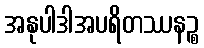
အနုပါဒါအပရိတဿနဉ္စ